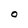
Character: O